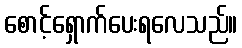
စောင့်ရှောက်ပေးရလေသည်။